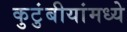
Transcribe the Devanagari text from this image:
कुटुंबीयांमध्ये